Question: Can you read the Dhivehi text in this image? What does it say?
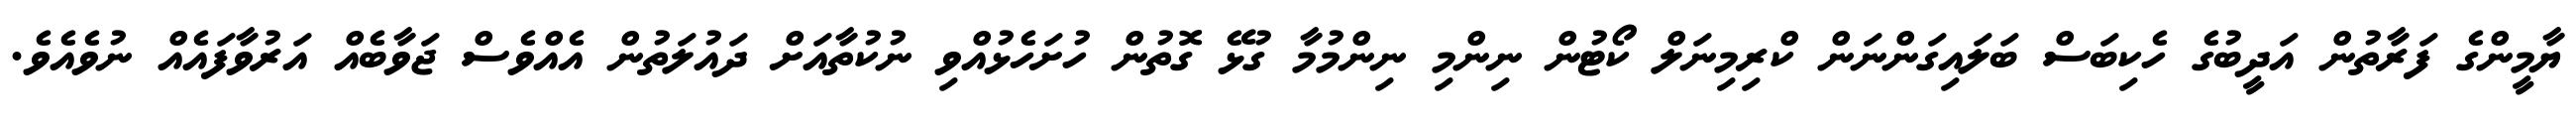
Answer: ޔާމީންގެ ފަރާތުން އަދީބުގެ ހެކިބަސް ބަލައިގަންނަން ކްރިމިނަލް ކޯޓުން ނިންމި ނިންމުމާ ގުޅޭ ގޮތުން ހުށަހެޅުއްވި ނުކުތާއަށް ދައުލަތުން އެއްވެސް ޖަވާބެއް އަރުވާފައެއް ނުވެއެވެ.